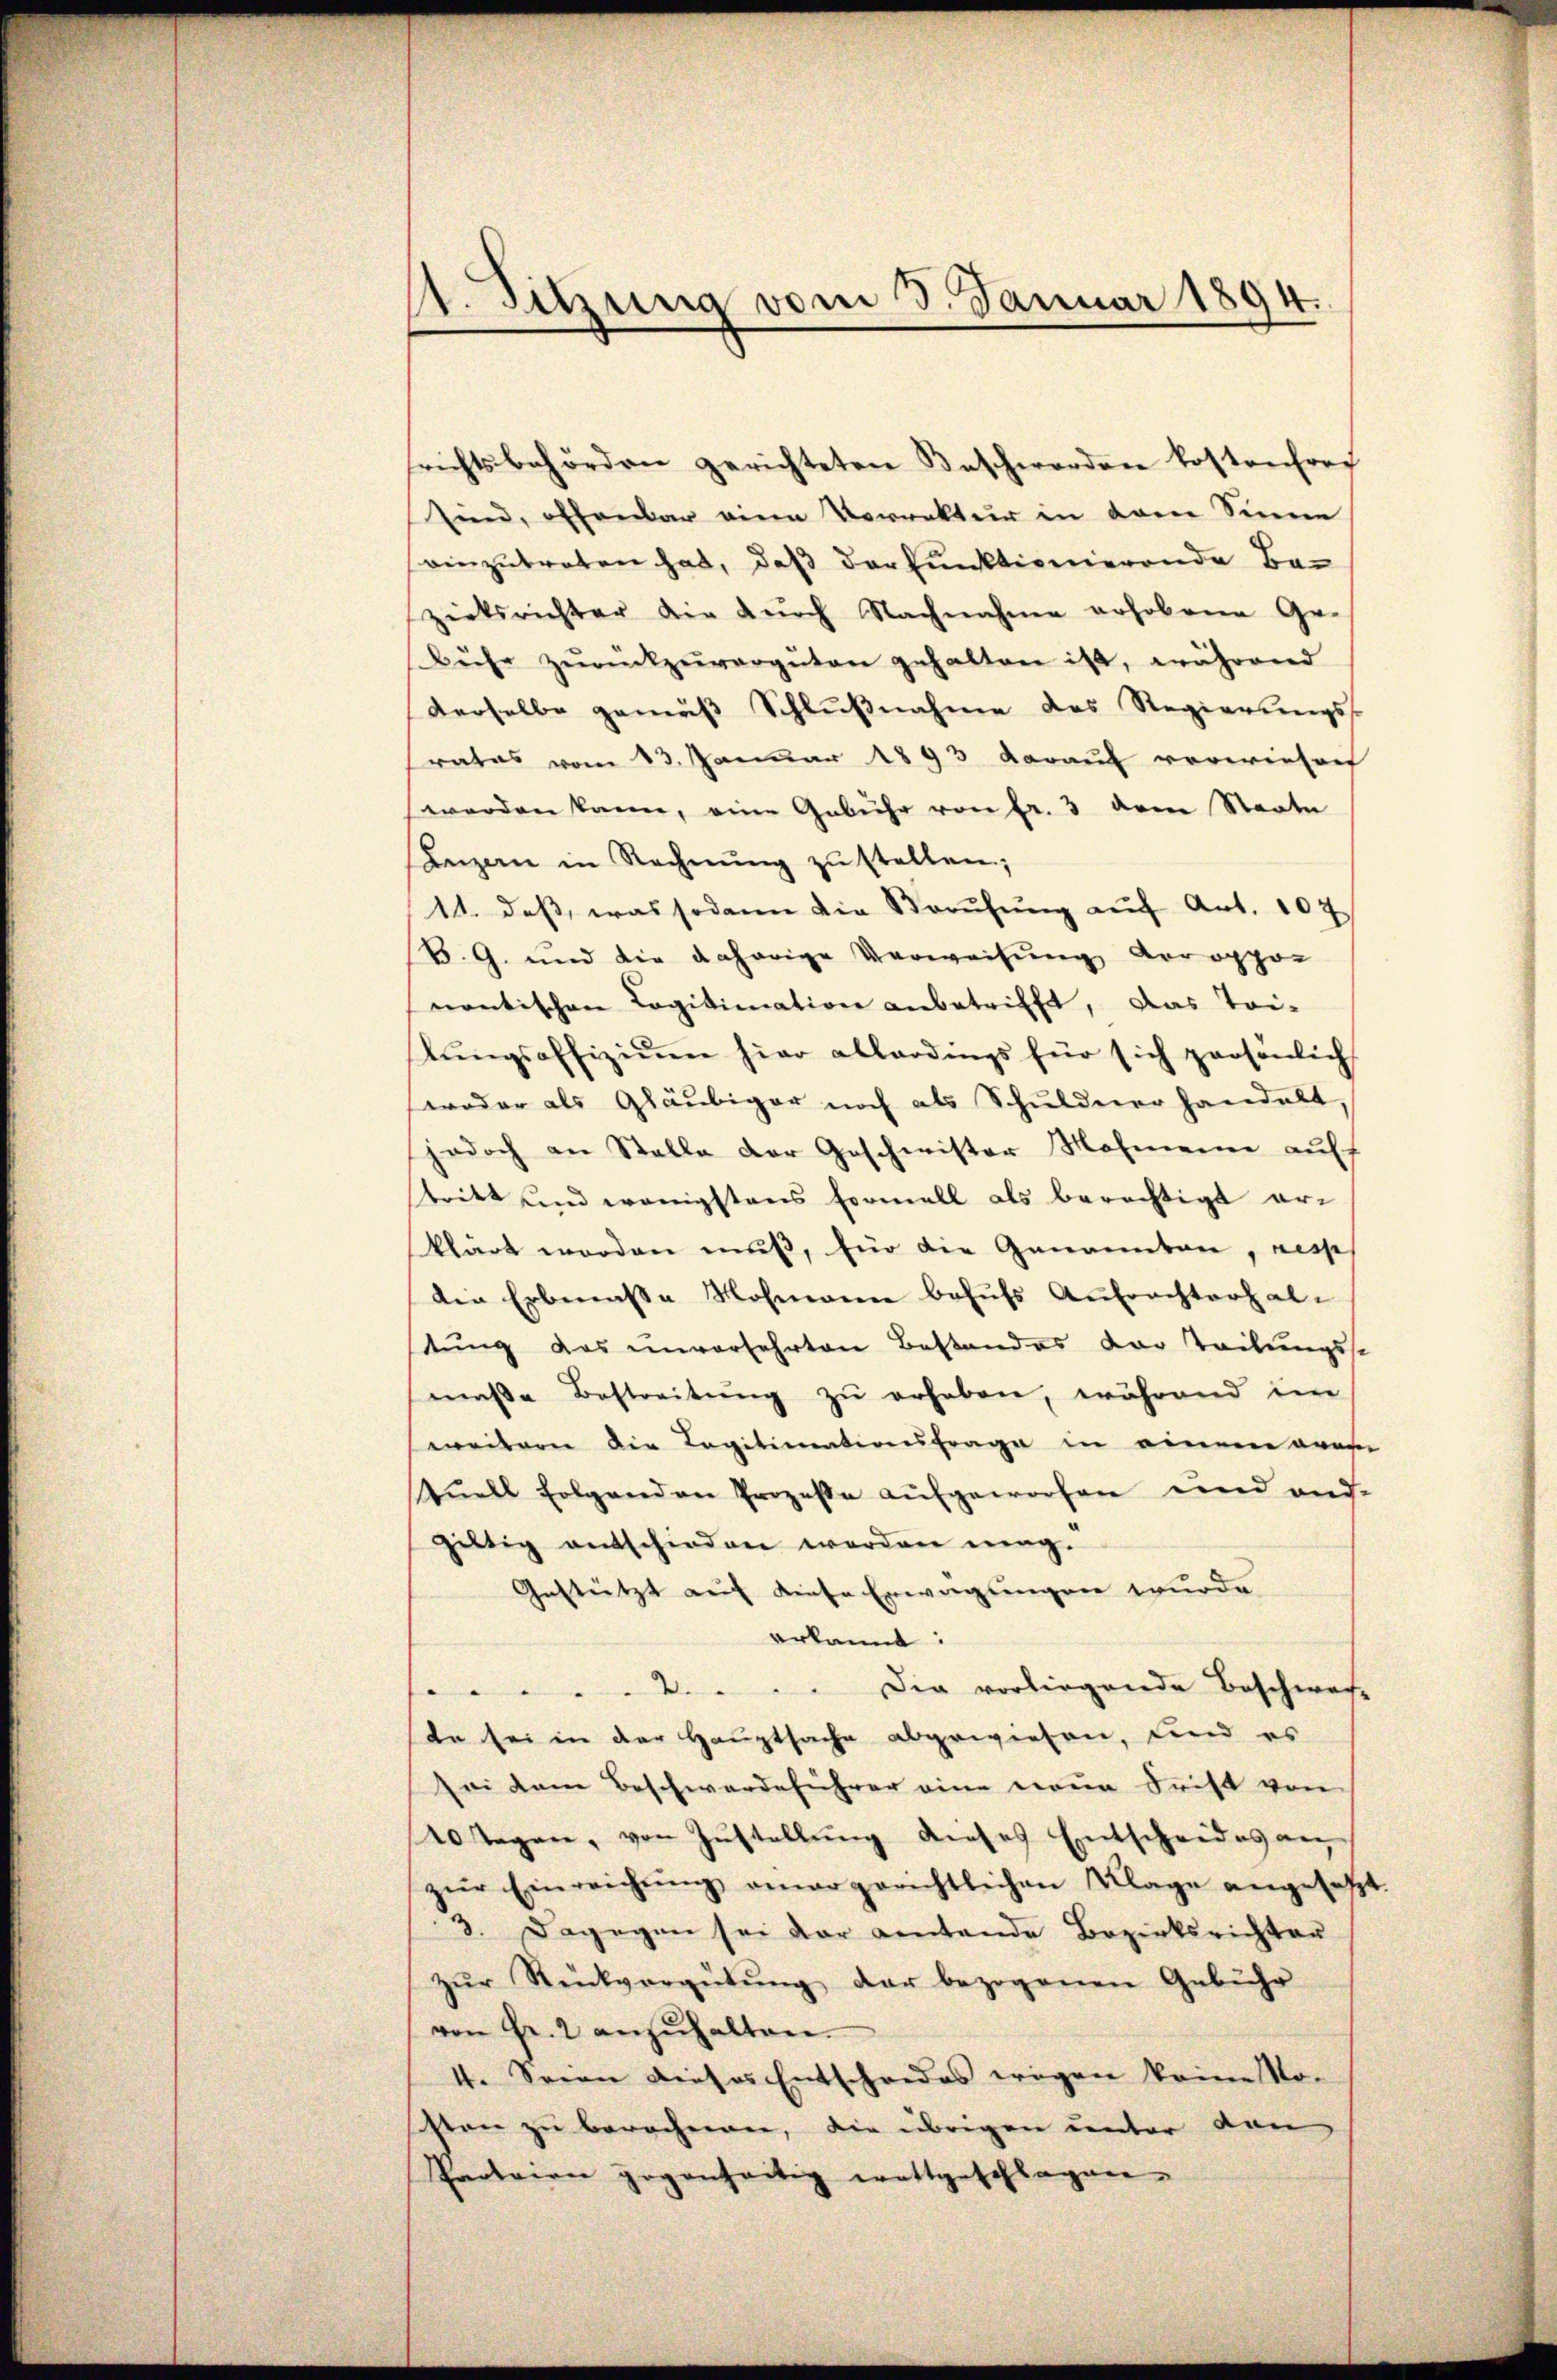
st. Sitzung vom 3. Januar 1894.

srichtsbehörden gerichteten Beschwerden kostenfrei
sind, offenbar eine Vorrektur in dem Sinne
einzutreten hat, daß der funktionierende Bezirksrichter die dŭrch Nachnahme rohobene Ge-
Bühr zŭrückzuvergüten gehalten ist, während
derselbe gemäß Schlußnahme des Regierungs-
rates vom 13. Januar 1893 darauf vorwieser
werden kann, eine Gebühr von fr. 3 dem Staate
anzen in Rechnŭng zu stellen;
11. dass, was sodann die Berŭfŭng auf Art. 107
B. G. und die daherige Verweisŭng voroppor
nantischen Legitimation anbetrifft, das Tri-
lŭngsoffiziŭm hier allerdings für sich persönlich
wroder als Gläubiger noch als Schuldner handelt,
jedoch an Stelle der Geschwister Mohmann auff
stritt und wenigstens Formell als berechtigt erklärt worden muß, für die Genannten, resp
Die Erbenasse Rohmann behufs Aufrechterhaltung des unversehrten Bestandes der Teilungsst
maße Bestreitung zu erheben, während im
weitern die Legitimationsfrage in einem oran
Quell folgenden Prozesse aufgeworfen und auf-
gültig entschieden werden mag.
Gestützt auf diese Erwägungen wurde.
erkannt:
2.Die vorliegende Beschwer-
de sei in der Hauptsache abgewiesen, und es
sei dem Beschwerdeführer eine neue Frist von
10 sagen, von Zŭstellŭng dieses Entscheides an
zŭr Einreichŭng annargerichtlichen Klage angesetzt.
3. Dagegen sei der eintende Bezirksrichten
zŭr Rückvergütŭng der bezogenen Gebühr
von Fr. 2 anzŭhalten.
4. Seien dieses Entscheides wegen keine No-
sten zu berechnen, die übrigen unter von
Probern gegenheitig erattgeschlagen.